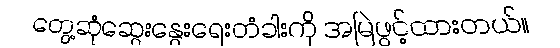
တွေ့ဆုံဆွေးနွေးရေးတံခါးကို အမြဲဖွင့်ထားတယ်။